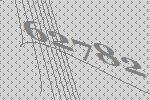
62782